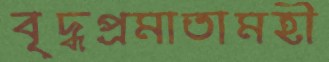
বৃদ্ধপ্রমাতামহী